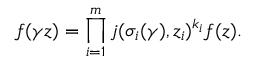
f ( \gamma z ) = \prod _ { i = 1 } ^ { m } j ( \sigma _ { i } ( \gamma ) , z _ { i } ) ^ { k _ { i } } f ( z ) .